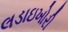
લડાઇખોરી